Civil Veterinary Dept. North-West Frontier Province 1901-22 - 1901-1922
Year: 1901
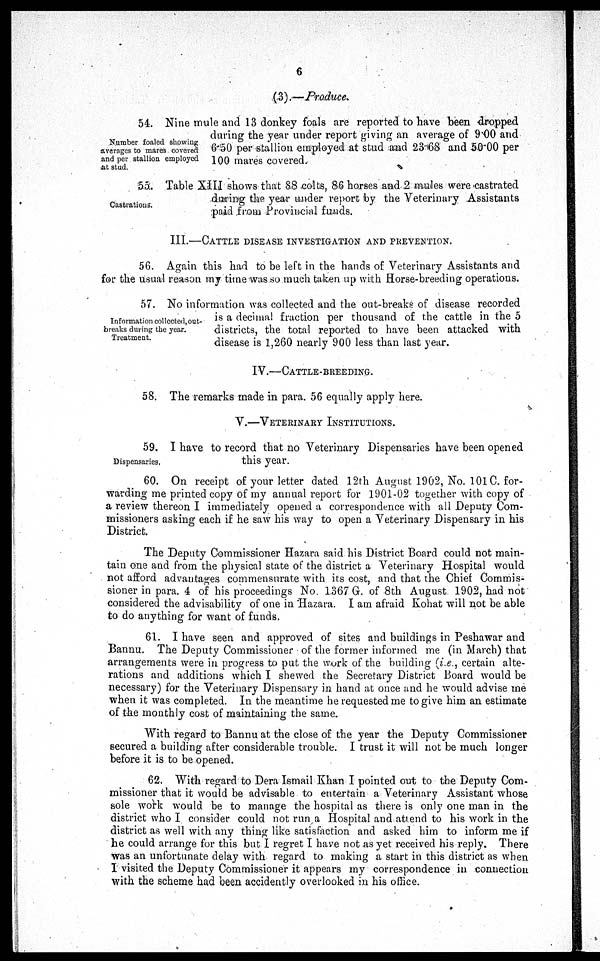
6
(3).—Produce.
Number foaled showing
averages to mares covered
and per stallion employed
at stud.
54. Nine mule and 13 donkey foals are reported to have been dropped
during the year under report giving an average of 9.00 and
6.50 per stallion employed at stud and 23.68 and 50 00 per
100 mares covered.
Castrations.
55. Table XIII shows that 88 colts, 86 horses and 2 mules were castrated
during the year under report by the Veterinary Assistants
paid from Provincial funds.
III.-CATTLE DISEASE INVESTIGATION AND PREVENTION.
56. Again this had to be left in the hands of Veterinary Assistants and
for the usual reason my time was so much taken up with Horse-breeding operations.
Information collected, out-
breaks during the year.
Treatment.
57. No information was collected and the out-breaks of disease recorded
is a decimal fraction per thousand of the cattle in the 5
districts, the total reported to have been attacked with
disease is 1,260 nearly 900 less than last year.
IV.—CATTLE-BREEDING.
58. The remarks made in para. 56 equally apply here.
V.—VETERINARY INSTITUTIONS.
Dispensaries,
59. I have to record that no Veterinary Dispensaries have been opened
this year.
60. On receipt of your letter dated 12th August 1902, No. 101 C. for-
warding me printed copy of my annual report for 1901-02 together with copy of
a review thereon I immediately opened a correspondence with all Deputy Com-
missioners asking each if he saw his way to open a Veterinary Dispensary in his
District.
The Deputy Commissioner Hazara said his District Board could not main-
tain one and from the physical state of the district a Veterinary Hospital would
not afford advantages commensurate with its cost, and that the Chief Commis-
sioner in para. 4 of his proceedings No. 1367 G. of 8th August 1902, had not
considered the advisability of one in Hazara. I am afraid Kohat will not be able
to do anything for want of funds.
61. I have seen and approved of sites and buildings in Peshawar and
Bannu. The Deputy Commissioner of the former informed me (in March) that
arrangements were in progress to put the work of the building (i.e., certain alte-
rations and additions which I shewed the Secretary District Board would be
necessary) for the Veterinary Dispensary in hand at once and he would advise me
when it was completed. In the meantime he requested me to give him an estimate
of the monthly cost of maintaining the same.
With regard to Bannu at the close of the year the Deputy Commissioner
secured a building after considerable trouble. I trust it will not be much longer
before it is to be opened.
62. With regard to Dera Ismail Khan I pointed out to the Deputy Com-
missioner that it would be advisable to entertain a Veterinary Assistant whose
sole work would be to manage the hospital as there is only one man in the
district who I consider could not run a Hospital and attend to his work in the
district as well with any thing like satisfaction and asked him to inform me if
he could arrange for this but I regret I have not as yet received his reply. There
was an unfortunate delay with regard to making a start in this district as when
I visited the Deputy Commissioner it appears my correspondence in connection
with the scheme had been accidently overlooked in his office.